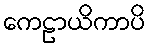
ကေဠာယိကာပိ